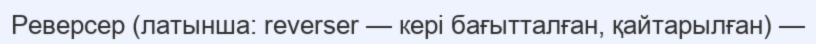
Реверсер (латынша: reverser — кері бағытталған, қайтарылған) —